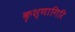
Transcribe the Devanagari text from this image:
कृश्णागिरि